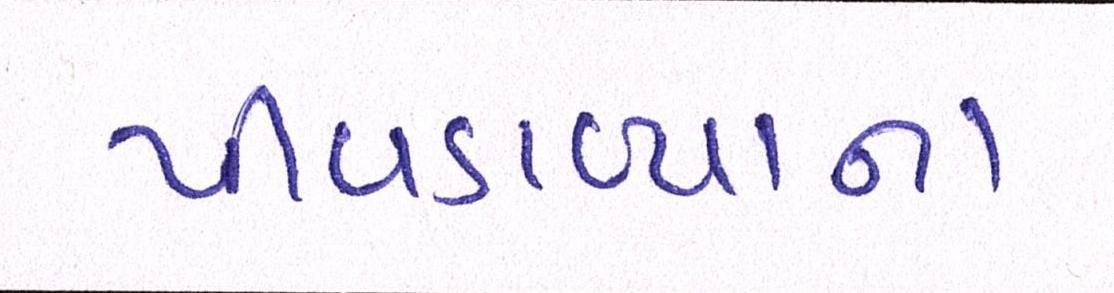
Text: પીવડાવ્યાના